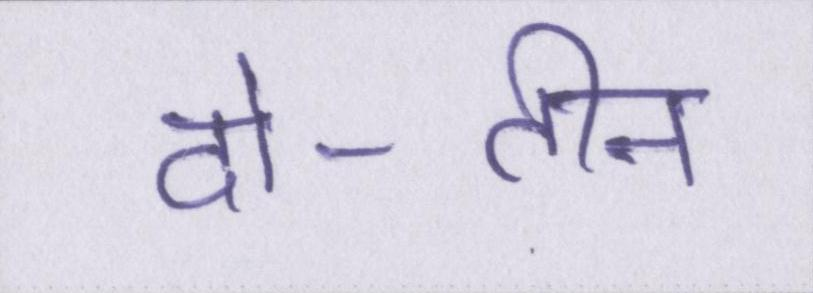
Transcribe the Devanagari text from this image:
दो-तीन